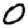
Digit: 0